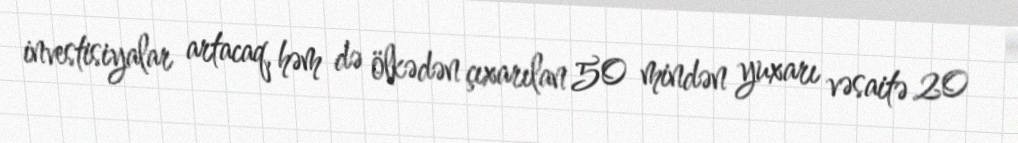
investisiyalar artacaq, həm də ölkədən çıxarılan 50 mindən yuxarı vəsaitə 20